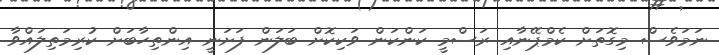
ނަމަވެސް މިގޮތަށް ކެމްޕޭނާއި ރަސްމީ ކަންކަން ވަކިކޮށް ބަލަން ފަށަނީ އިންތިހާބަށް ކުރިމަތިލައްވާ